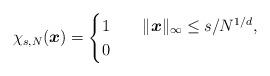
LaTeX: \begin{align*}\chi_{s,N}(\boldsymbol{x})=\begin{cases}1\quad& \|\boldsymbol{x}\|_\infty\leq s/N^{1/d},\\0 \quad& \end{cases}\end{align*}